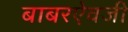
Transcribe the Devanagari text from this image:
बाबरऐवजी